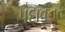
પદાવનત